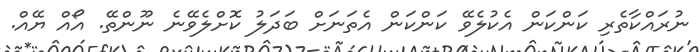
ނުރައްކާތެރި ކަންކަން އެކުލެވޭ ކަންކަން އެތަނަށް ބަދަލު ކޮށްލެވޭނެ ނޫންތޭ. އޯއް ޔޭއް.